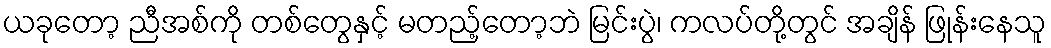
ယခုတော့ ညီအစ်ကို တစ်တွေနှင့် မတည့်တော့ဘဲ မြင်းပွဲ၊ ကလပ်တို့တွင် အချိန် ဖြုန်းနေသူ